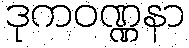
ဒုကဝဏ္ဏနာ